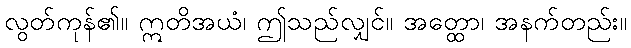
လွတ်ကုန်၏။ ဣတိအယံ၊ ဤသည်လျှင်။ အတ္ထော၊ အနက်တည်း။